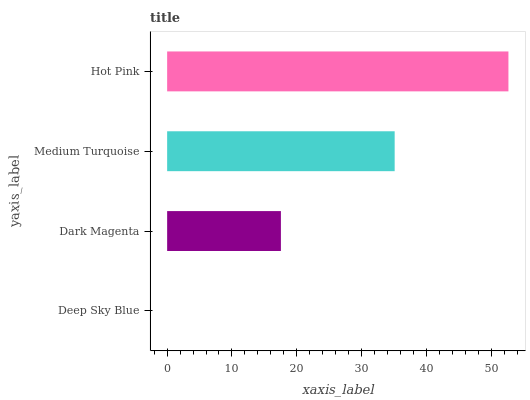
| yaxis_label | bars |
 | --- | --- |
 | Deep Sky Blue | 0 |
 | Dark Magenta | 17.6 |
 | Medium Turquoise | 35.1 |
 | Hot Pink | 52.7 |